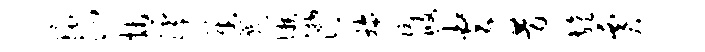
环沁抹滹迓几懒潸拖阮攸火昔旌贾